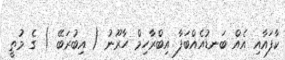
ކާފައާއި އެއް ބަނޑުއެއްބަފާ އިބްރާހިމް ހާރޫނު ( އިބުރަބޭ ) ގެ މުތީ